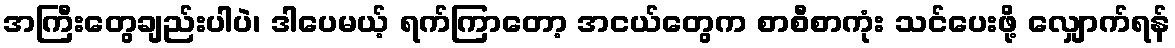
အကြီးတွေချည်းပါပဲ၊ ဒါပေမယ့် ရက်ကြာတော့ အငယ်တွေက စာစီစာကုံး သင်ပေးဖို့ လျှောက်ရန်